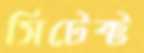
সিটেক্ট